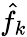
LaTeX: \hat{f}_{k}